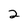
Character: 2